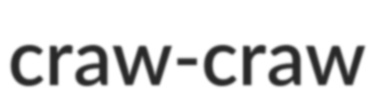
craw-craw